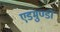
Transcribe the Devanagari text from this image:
एडमुण्डो